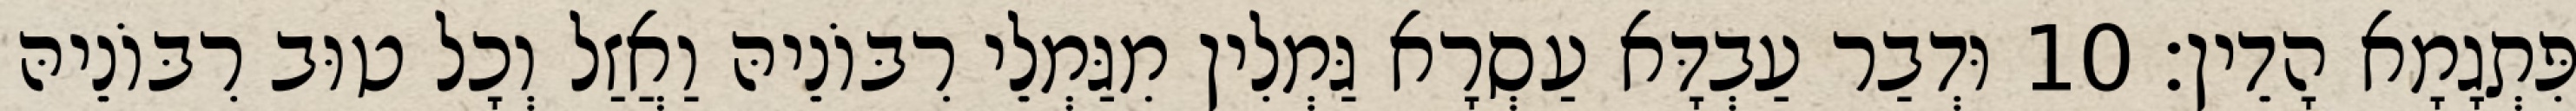
פִּתְגָמָא הָדֵין׃ 10 וּדְבַר עַבְדָּא עַסְרָא גַּמְלִין מִגַּמְלֵי רִבּוֹנֵיהּ וַאֲזַל וְכָל טוּב רִבּוֹנֵיהּ